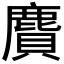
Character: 𪊾